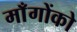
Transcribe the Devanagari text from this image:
माँगोंको